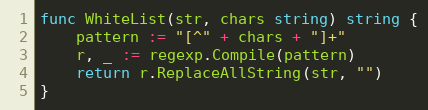
Language: Go
func WhiteList(str, chars string) string {
	pattern := "[^" + chars + "]+"
	r, _ := regexp.Compile(pattern)
	return r.ReplaceAllString(str, "")
}